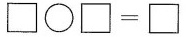
$$\Box \bigcirc \Box = \Box$$